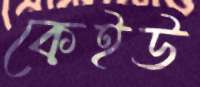
কেইউ